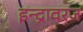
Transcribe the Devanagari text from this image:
इन्द्रावरज